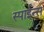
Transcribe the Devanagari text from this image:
स्पाईन्स